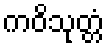
ကဝိသုတ္တံ